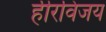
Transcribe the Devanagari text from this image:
हीरविजय